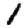
Digit: 1